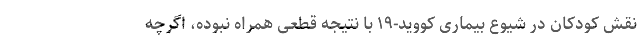
نقش کودکان در شیوع بیماری کووید-۱۹ با نتیجه قطعی همراه نبوده، اگرچه